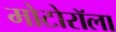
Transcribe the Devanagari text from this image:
मोटोरॉला